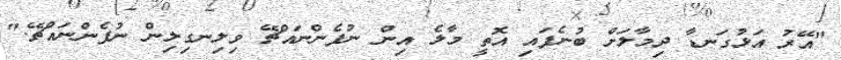
"އޭރު އަޅުގަނޑާ ދިމާލަށް ބުނެފައި އޮތީ މާލެ އިން ނުފެންނައްޗޭ ވިލިނގިލިން ނުފެންނައްޗޭ."